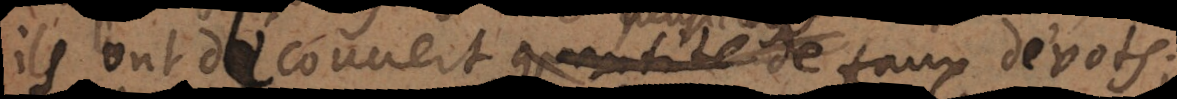
ils ont découvert plusieurs faux dévots;